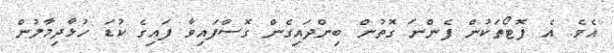
އެވެ. އެ ފޮޓޯތަކުން ފެންނަ ގޮތުން ބިންދައިގެން ގޮސްފައިވާ ފައިގެ ކުޑަ ހުޅާދިމާލުން